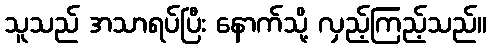
သူသည် အသာရပ်ပြီး နောက်သို့ လှည့်ကြည့်သည်။